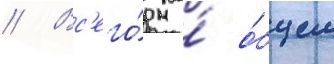
// Вс'его́ на́ о́бщем